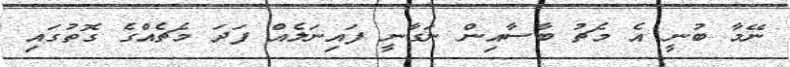
ނޭމާ ބުނީ އެ މެޗު ބާސާއިން ނަގާނީ ފައިނަލެއް ފަދަ މެޗެއްގެ ގޮތުގައި